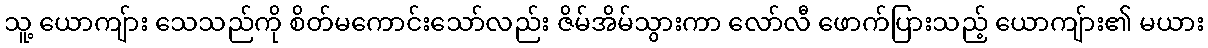
သူ့ ယောကျ်ား သေသည်ကို စိတ်မကောင်းသော်လည်း ဇိမ်အိမ်သွားကာ လော်လီ ဖောက်ပြားသည့် ယောကျ်ား၏ မယား